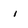
Character: i